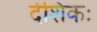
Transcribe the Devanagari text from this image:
देशिकः